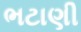
ભટાણી